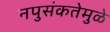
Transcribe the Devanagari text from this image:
नपुसंकतेमुळे